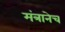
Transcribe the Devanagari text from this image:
मंत्रानेच